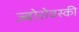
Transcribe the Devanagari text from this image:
ज्बोरोवस्की